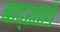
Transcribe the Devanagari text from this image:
बाद्शाहों